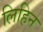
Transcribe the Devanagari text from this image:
लिहिन